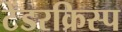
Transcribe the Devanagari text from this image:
टेंडरक्रिस्प